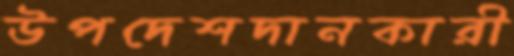
উপদেশদানকারী